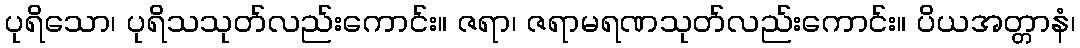
ပုရိသော၊ ပုရိသသုတ်လည်းကောင်း။ ဇရာ၊ ဇရာမရဏသုတ်လည်းကောင်း။ ပိယအတ္တာနံ၊